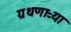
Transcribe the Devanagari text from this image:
ग्रथणाऱ्या